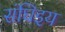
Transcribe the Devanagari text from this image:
संघिइय